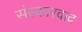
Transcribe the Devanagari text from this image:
संस्कारवाद